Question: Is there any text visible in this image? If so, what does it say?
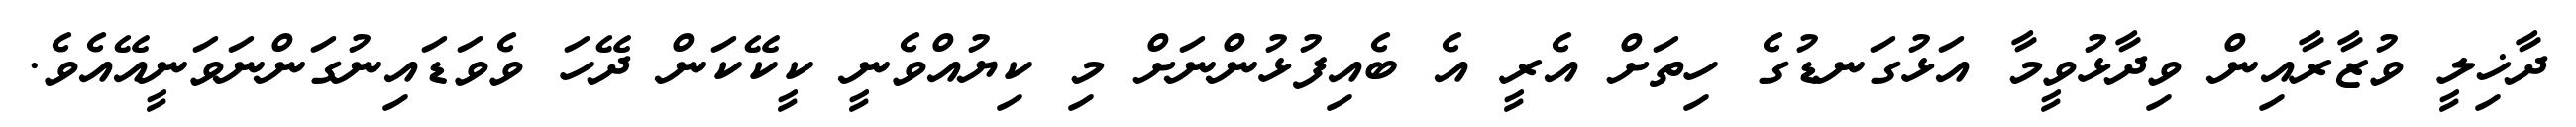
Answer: ދާޚިލީ ވުޒާރާއިން ވިދާޅުވީމާ އަޅުގަނޑުގެ ހިތަށް އެރީ އެ ބެއިފުޅުންނަށް މި ކިޔުއްވެނީ ކީކޭކަން ދޭހަ ވެވަޑައިނުގަންނަވަނީއޭއެވެ.